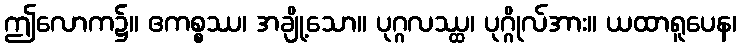
ဤလောက၌။ ဧကစ္စဿ၊ အချို့သော။ ပုဂ္ဂလဿ္ထ၊ ပုဂ္ဂိုလ်အား။ ယထာရူပေန၊